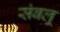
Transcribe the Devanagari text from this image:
संबलू